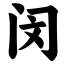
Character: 闵